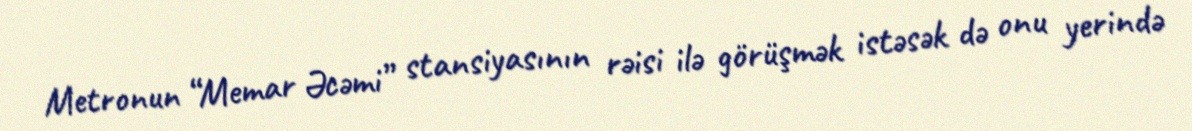
Metronun “Memar Əcəmi” stansiyasının rəisi ilə görüşmək istəsək də onu yerində